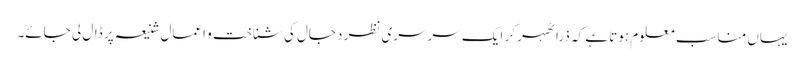
یہاں مناسب معلوم ہوتا ہے کہ ذرا ٹھہر کر ایک سرسری نظر دجال کی شناخت و اعمالِ شنیعہ پر ڈال لی جائے۔